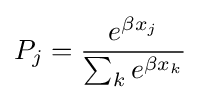
P_{j}={\frac {e^{\beta x_{j}}}{\sum _{k}e^{\beta x_{k}}}}